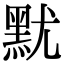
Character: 𪐤